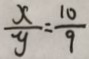
\frac { x } { y } = \frac { 1 0 } { 9 }